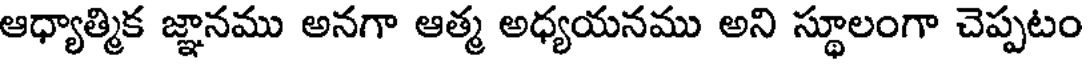
ఆధ్యాత్మిక జ్ఞానము అనగా ఆత్మ అధ్యయనము అని స్థూలంగా చెప్పటం